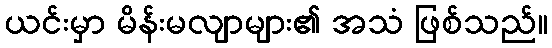
ယင်းမှာ မိန်းမလျာများ၏ အသံ ဖြစ်သည်။